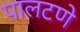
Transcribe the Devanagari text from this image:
पालटणे